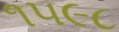
૧૫૯૮